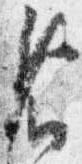
省